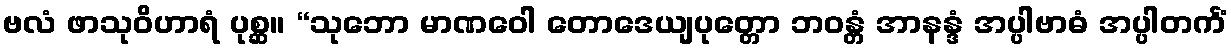
ဗလံ ဖာသုဝိဟာရံ ပုစ္ဆ။ “သုဘော မာဏဝေါ တောဒေယျပုတ္တော ဘဝန္တံ အာနန္ဒံ အပ္ပါဗာဓံ အပ္ပါတင်္ကံ